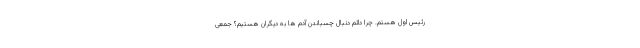
رئیس اول هستم. چرا دائم دنبال چسباندن آدم ها به دیگران هستیم؟ جمعی